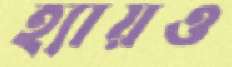
হ্যায়ও